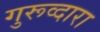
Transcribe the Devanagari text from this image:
गुरूव्‍दारा